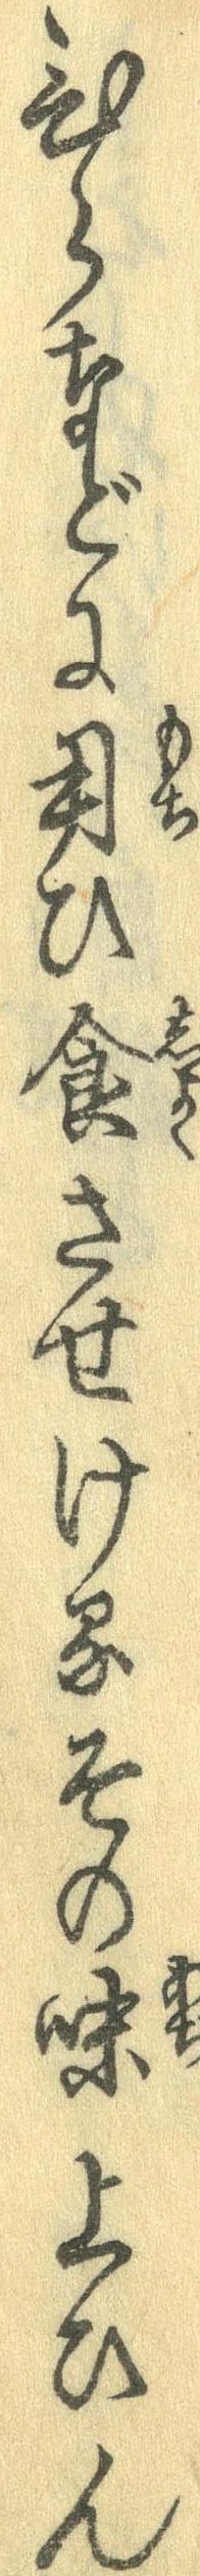
ひらなどに用ひ食させけるその味上ひん